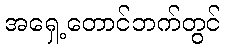
အရှေ့တောင်ဘက်တွင်